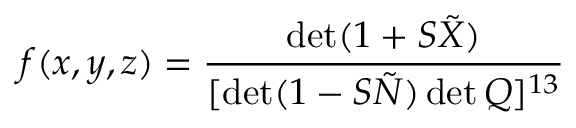
f ( x , y , z ) = \frac { \operatorname * { d e t } ( 1 + S \tilde { X } ) } { [ \operatorname * { d e t } ( 1 - S \tilde { N } ) \operatorname * { d e t } Q ] ^ { 1 3 } }